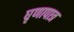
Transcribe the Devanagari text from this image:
घृणापात्र